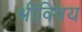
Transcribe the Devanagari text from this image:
श्रीविषय